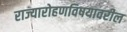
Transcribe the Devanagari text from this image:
राज्यारोहणविषयावरील